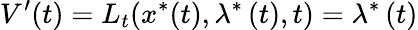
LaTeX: V^{\prime}(t)=L_{t}(x^{\ast}(t),\lambda^{\ast}\left(t\right),t)=\lambda^{\ast}\left(t\right)